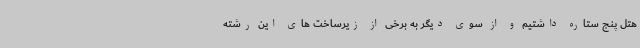
هتل پنج ستاره داشتیم و از سوی دیگر به برخی از زیرساخت های این رشته